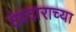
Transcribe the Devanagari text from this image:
देवदाराच्या